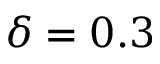
\delta = 0 . 3